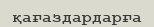
қағаздардарға